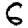
Digit: 6